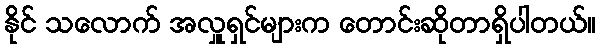
နိုင် သလောက် အလှူရှင်များက တောင်းဆိုတာရှိပါတယ်။